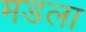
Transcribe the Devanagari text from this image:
मडला